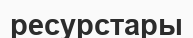
ресурстары